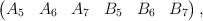
LaTeX: \begin{align*}\begin{pmatrix} A_5 & A_6 & A_7 & B_5 & B_6 & B_7 \end{pmatrix},\end{align*}